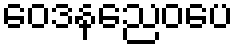
ဝေဒနညေဝပေ